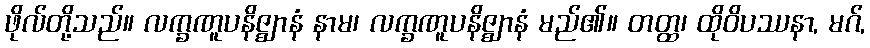
ဖိုလ်တို့သည်။ လက္ခဏူပနိဇ္ဈာနံ နာမ၊ လက္ခဏူပနိဇ္ဈာနံ မည်၏။ တတ္ထ၊ ထိုဝိပဿနာ, မဂ်,